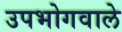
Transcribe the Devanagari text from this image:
उपभोगवाले